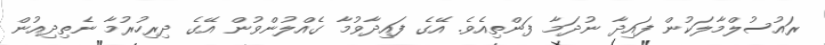
ރައުސުލްމާލަކުން ފައިދާ ނުދަމާ ފަންތިއެވެ. އޭގެ ފައިދާވުމާ ގެއްލުންވުން އޭގެ ދިރިހުރުމާ ނެތިދިއުން